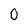
Character: O